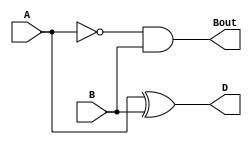
`timescale 1ns / 1ps

module HalfSubtractor(
    input wire A,
    input wire B,
    output reg D,
    output reg Bout
    );
	 
always @(*)
begin
    D <= A^B;
    Bout <= (~A) & B;
end

endmodule